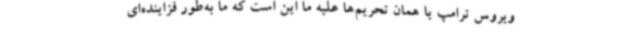
ویروس ترامپ یا همان تحریم‌ها علیه ما این است که ما به‌طور فزاینده‌ای